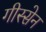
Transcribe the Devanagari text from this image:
गीस्सेन